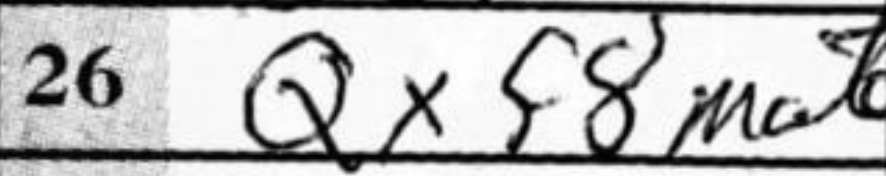
Transcription: Qxf8